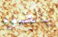
بالضوء